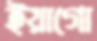
ইয়াগো